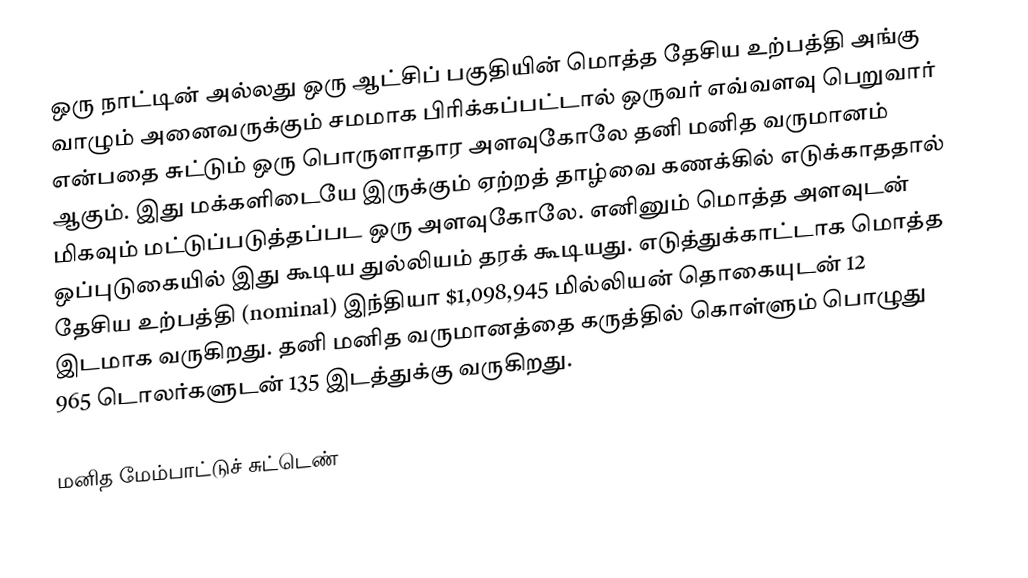
ஒரு நாட்டின் அல்லது ஒரு ஆட்சிப் பகுதியின் மொத்த தேசிய உற்பத்தி அங்கு வாழும் அனைவருக்கும் சமமாக பிரிக்கப்பட்டால் ஒருவர் எவ்வளவு பெறுவார் என்பதை சுட்டும் ஒரு பொருளாதார அளவுகோலே தனி மனித வருமானம் ஆகும்.  இது மக்களிடையே இருக்கும் ஏற்றத் தாழ்வை கணக்கில் எடுக்காததால் மிகவும் மட்டுப்படுத்தப்பட ஒரு அளவுகோலே.  எனினும் மொத்த அளவுடன் ஒப்புடுகையில் இது கூடிய துல்லியம் தரக் கூடியது.  எடுத்துக்காட்டாக மொத்த தேசிய உற்பத்தி (nominal) இந்தியா $1,098,945 மில்லியன் தொகையுடன் 12 இடமாக வருகிறது.  தனி மனித வருமானத்தை கருத்தில் கொள்ளும் பொழுது 965 டொலர்களுடன் 135 இடத்துக்கு வருகிறது.

மனித மேம்பாட்டுச் சுட்டெண்